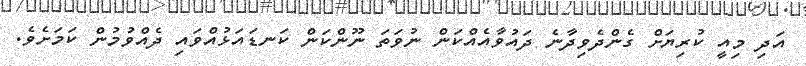
އަދި މިއީ ކުރިޔަށް ގެންދެވިދާނެ ދައުވާއެއްކަން ނުވަތަ ނޫންކަން ކަނޑައަޅުއްވައި ދެއްވުމުން ކަމަށެވެ.